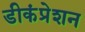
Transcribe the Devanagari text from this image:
डीकंप्रेशन